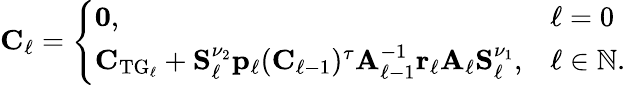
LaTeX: \begin{array}{r}{\boldsymbol{\mathbf{C}}_{\ell}=\left\{ \begin{array}{ll}{\boldsymbol{\mathbf{0}},}&{\ell=0}\\ {\boldsymbol{\mathbf{C}}_{\mathrm{TG}_{\ell}}+\boldsymbol{\mathbf{S}}_{\ell}^{\nu_{2}}\boldsymbol{\mathbf{p}}_{\ell}(\boldsymbol{\mathbf{C}}_{\ell-1})^{\tau}\boldsymbol{\mathbf{A}}_{\ell-1}^{-1}\boldsymbol{\mathbf{r}}_{\ell}\boldsymbol{\mathbf{A}}_{\ell}\boldsymbol{\mathbf{S}}_{\ell}^{\nu_{1}},}&{\ell\in\mathbb{N}.}\end{array}\right.}\end{array}